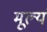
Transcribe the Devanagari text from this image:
मूल्यं